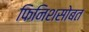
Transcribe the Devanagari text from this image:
फिनिशसोबत